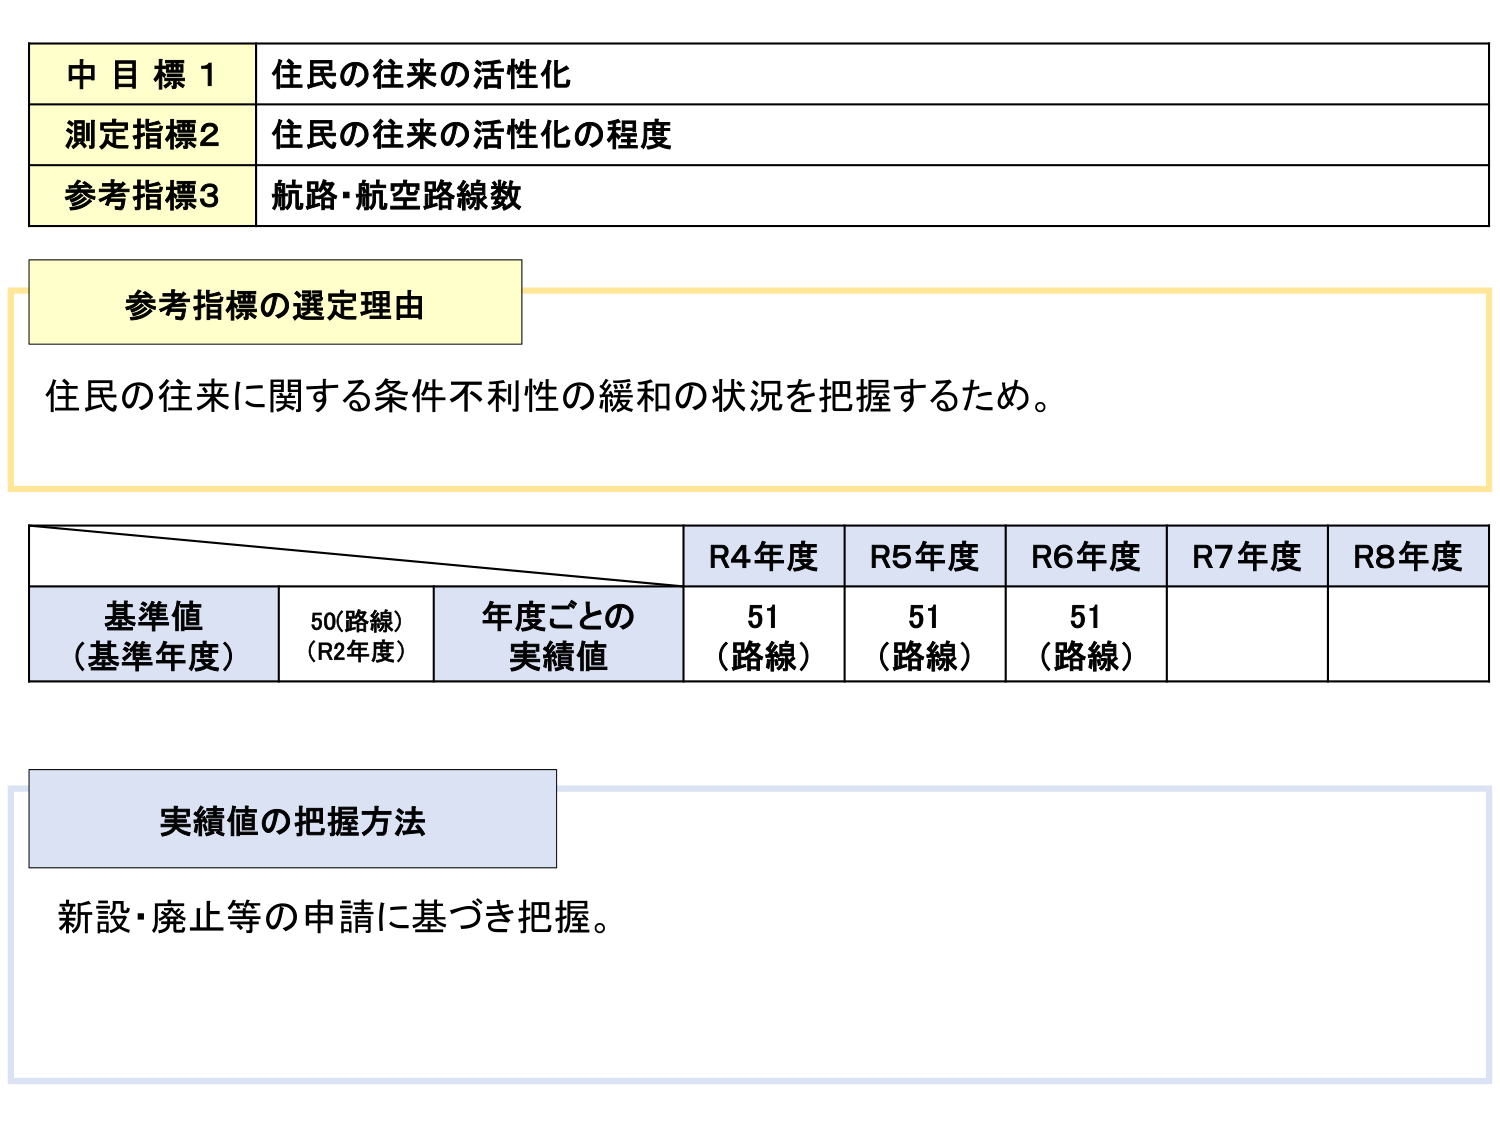
中目標1 住民の往来の活性化
測定指標2 住民の往来の活性化の程度
参考指標3 航路・航空路線数

参考指標の選定理由
住民の往来に関する条件不利性の緩和の状況を把握するため。

R4年度 R5年度 R6年度 R7年度 R8年度
基準値（基準年度） 50（路線）（R2年度） 年度ごとの実績値 51（路線） 51（路線） 51（路線）

実績値の把握方法
新設・廃止等の申請に基づき把握。